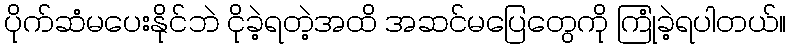
ပိုက်ဆံမပေးနိုင်ဘဲ ငိုခဲ့ရတဲ့အထိ အဆင်မပြေတွေကို ကြုံခဲ့ရပါတယ်။